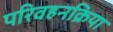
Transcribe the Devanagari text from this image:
परिवहनक्रिया